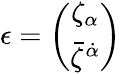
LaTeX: \epsilon=\left(\begin{array}{c}{{{\zeta}_{\alpha}}}\\ {{{\bar{\zeta}}^{\dot{\alpha}}}}\end{array}\right)